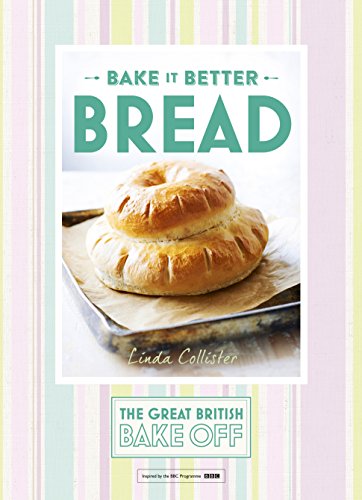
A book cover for Bake it Better: Bread (The Great British Bake Off); The Great British Bake Off; Cookbooks, Food & Wine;